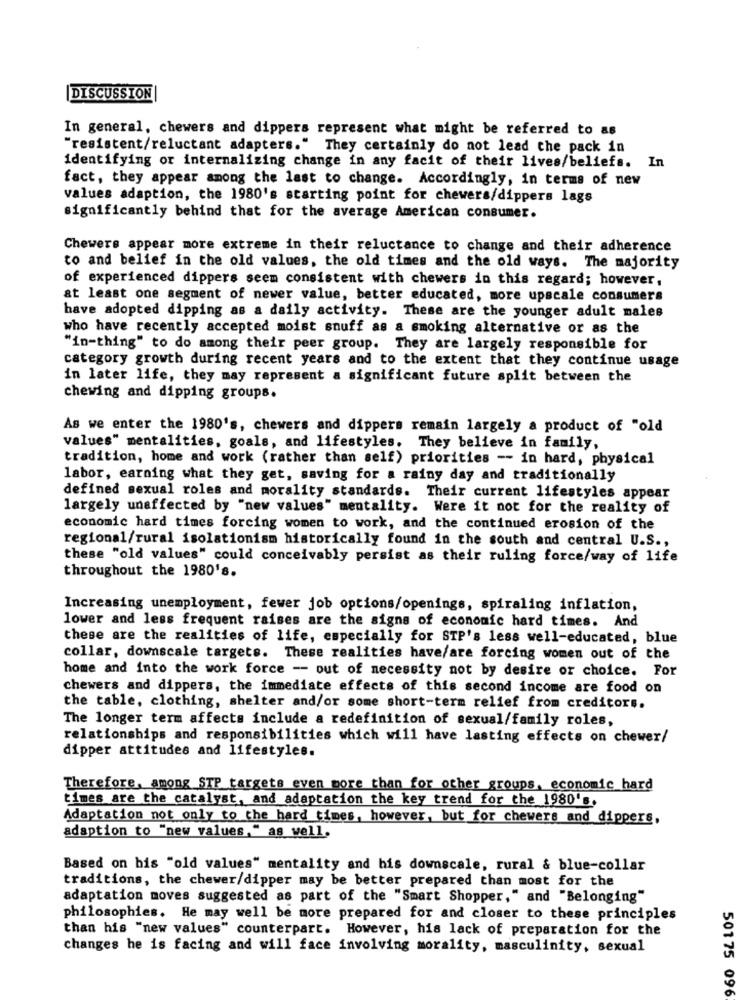
|DISCUSSION
In general, chewers and dippers represent what might be referred to as
"resistent/reluctant adapters." They certainly do not lead the pack in
identifying or internalizing change in any facit of their lives/beliefs. In
fact, they appear among the last to change. Accordingly, in terms of new
values adaption, the 1980's starting point for chewers/dippers lags
significantly behind that for the average American consumer.
Chewers appear more extreme in their reluctance to change and their adherence
to and belief in the old values, the old times and the old ways. The majority
of experienced dippers seem consistent with chewers in this regard; however,
at least one segment of newer value, better educated, more upscale consumers
have adopted dipping as a daily activity. These are the younger adult males
who have recently accepted moist snuff as a smoking alternative or as the
"in-thing" to do among their peer group. They are largely responsible for
category growth during recent years and to the extent that they continue usage
in later life, they may represent a significant future split between the
chewing and dipping groups.
As we enter the 1980's, chewers and dippers remain largely a product of "old
values" mentalities, goals, and lifestyles. They believe in family,
tradition, home and work (rather than self) priorities -- in hard, physical
labor, earning what they get, saving for a rainy day and traditionally
defined sexual roles and morality standards. Their current lifestyles appear
largely unaffected by "new values" mentality. Were it not for the reality of
economic hard times forcing women to work, and the continued erosion of the
regional/rural isolationism historically found in the south and central U.S .,
these "old values" could conceivably persist as their ruling force/way of life
throughout the 1980's.
Increasing unemployment, fewer job options/openings, spiraling inflation,
lower and less frequent raises are the signs of economic hard times. And
these are the realities of life, especially for STP's less well-educated, blue
collar, downscale targets. These realities have/are forcing women out of the
home and into the work force - out of necessity not by desire or choice. For
chewers and dippers, the immediate effects of this second income are food on
the table, clothing, shelter and/or some short-term relief from creditors.
The longer term affects include a redefinition of sexual/family roles,
relationships and responsibilities which will have lasting effects on chewer/
dipper attitudes and lifestyles.
Therefore, among STP targets even more than for other groups, economic hard
times are the catalyst, and adaptation the key trend for the 1980's.
Adaptation not only to the hard times, however, but for chewers and dippers,
adaption to "new values," as well.
Based on his "old values" mentality and his downscale, rural & blue-collar
traditions, the chewer/dipper may be better prepared than most for the
adaptation moves suggested as part of the "Smart Shopper," and "Belonging"
philosophies. He may well be more prepared for and closer to these principles
than his "new values" counterpart. However, his lack of preparation for the
changes he is facing and will face involving morality, masculinity, sexual
50175 096